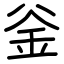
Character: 釡